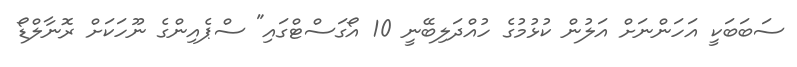
ސަބަބަކީ އަހަންނަށް އަލުން ކުޅުމުގެ ހުއްދަލިބޭނީ 10 އޯގަސްޓްގައި" ސްޕެއިންގެ ނޫހަކަށް ރޮނާލްޑޯ